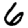
Digit: 6